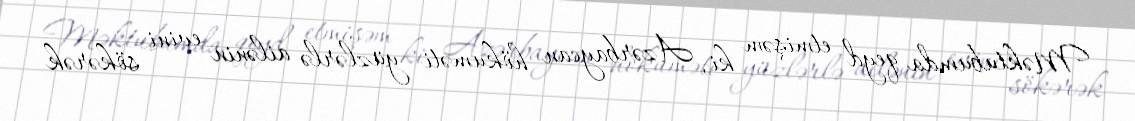
Məktubumda qeyd etmişəm ki, Azərbaycan hökuməti yüzlərlə ailənin evini sökərək